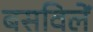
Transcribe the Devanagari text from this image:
बसविलें